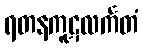
ရတနကူဋလင်္ကတံ